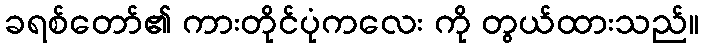
ခရစ်တော်၏ ကားတိုင်ပုံကလေး ကို တွယ်ထားသည်။